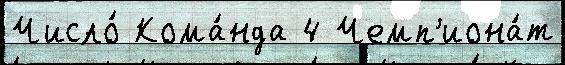
Число́ Кома́нда 4 Чемп'иона́т